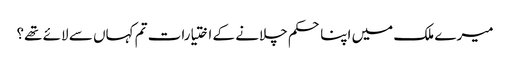
میرے ملک میں اپنا حکم چلانے کے اختیارات تم کہاں سے لائے تھے؟